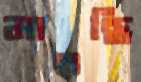
মাপছি